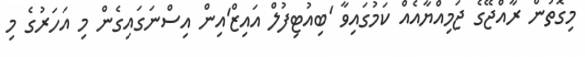
މިގޮތުން ރާއްޖޭގެ ޖަމިއްޔާއެއް ކަމުގައިވާ 'ބިއުޓިފުލް އައިޒް'އިން އިސްނަގައިގެން މި އަހަރުގެ މި